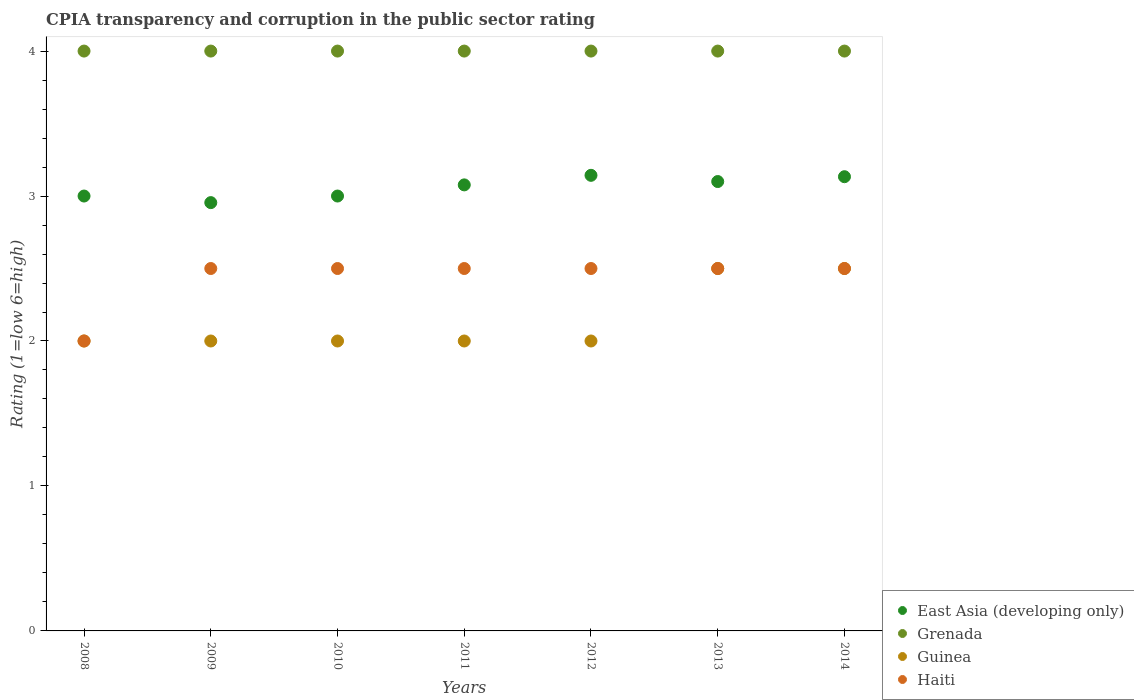
| Years | East Asia (developing only) | Grenada | Guinea | Haiti |
 | --- | --- | --- | --- | --- |
 | 2008 | 3 | 4 | 2 | 2 |
 | 2009 | 2.95 | 4 | 2 | 2.5 |
 | 2010 | 3 | 4 | 2 | 2.5 |
 | 2011 | 3.08 | 4 | 2 | 2.5 |
 | 2012 | 3.14 | 4 | 2 | 2.5 |
 | 2013 | 3.1 | 4 | 2.5 | 2.5 |
 | 2014 | 3.13 | 4 | 2.5 | 2.5 |